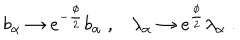
LaTeX: b _ { \alpha } \to e ^ { - \frac { \phi } { 2 } } b _ { \alpha } \; , \lambda _ { \alpha } \to e ^ { \frac { \phi } { 2 } } \lambda _ { \alpha } \; .